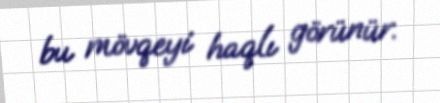
bu mövqeyi haqlı görünür.